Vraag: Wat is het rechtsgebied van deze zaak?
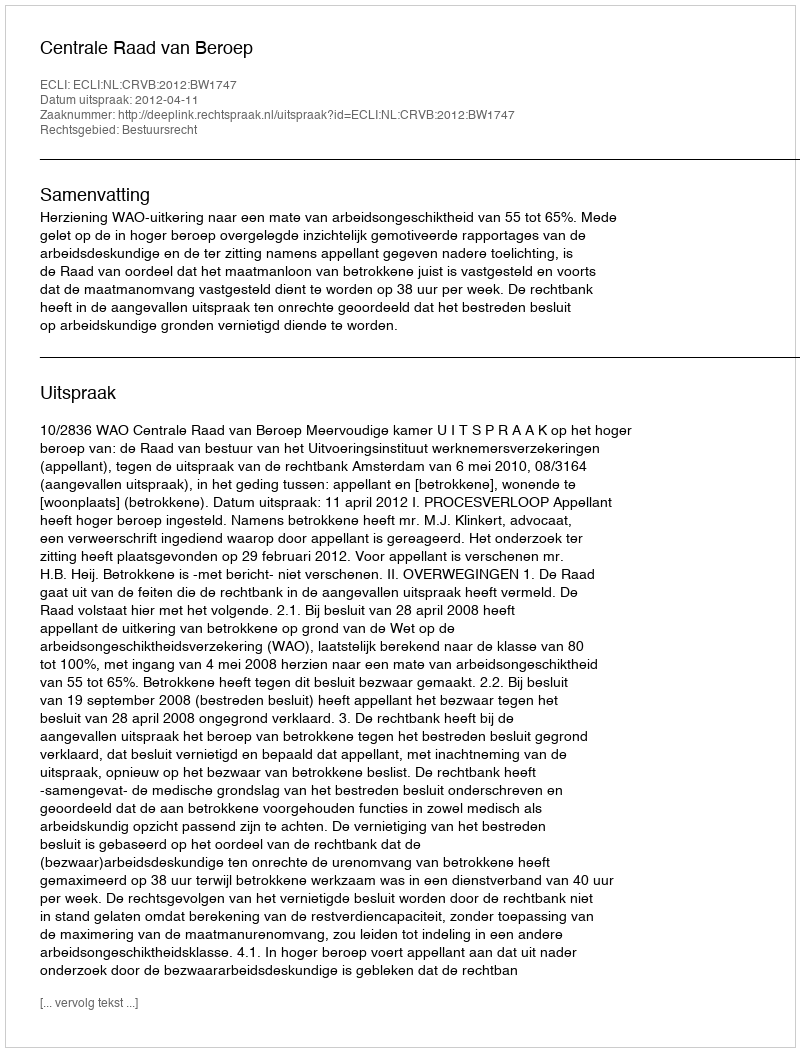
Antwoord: Bestuursrecht